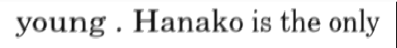
young . Hanako is the only